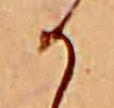
か